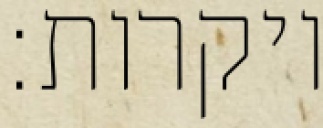
ויקרות: